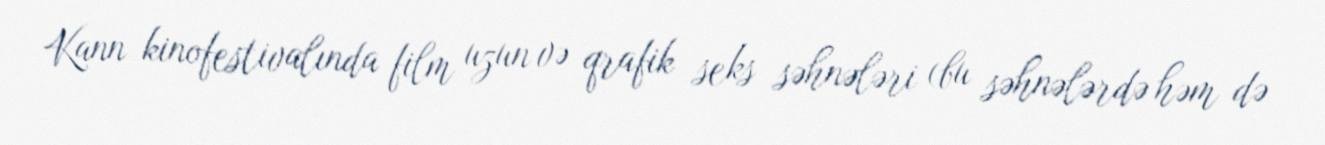
Kann kinofestivalında film uzun və qrafik seks səhnələri (bu səhnələrdə həm də